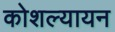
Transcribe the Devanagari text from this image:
कोशल्यायन